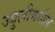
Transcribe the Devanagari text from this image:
ज्युलीमधील